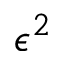
\epsilon ^ { 2 }